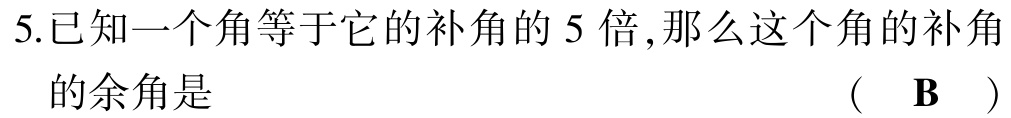
5.已知一个角等于它的补角的 5 倍,那么这个角的补角的余角是 （  \(\mathbf{B}\)  ）